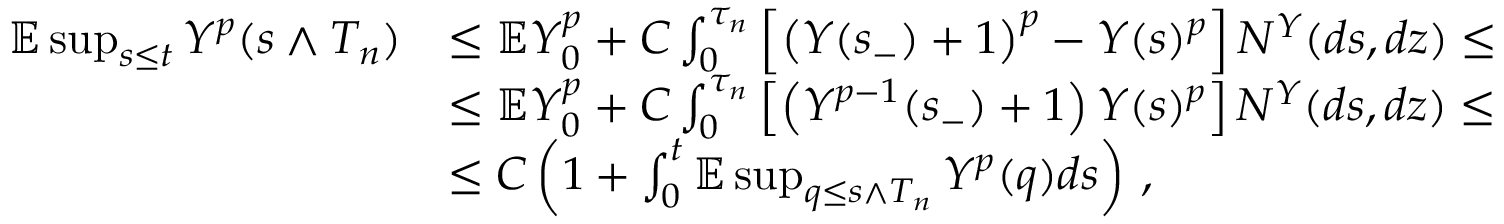
\begin{array} { r l } { \mathbb { E } \operatorname* { s u p } _ { s \leq t } Y ^ { p } ( s \wedge T _ { n } ) } & { \leq \mathbb { E } Y _ { 0 } ^ { p } + C \int _ { 0 } ^ { \tau _ { n } } \left[ \left( Y ( s _ { - } ) + 1 \right) ^ { p } - Y ( s ) ^ { p } \right] N ^ { Y } ( d s , d z ) \leq } \\ & { \leq \mathbb { E } Y _ { 0 } ^ { p } + C \int _ { 0 } ^ { \tau _ { n } } \left[ \left( Y ^ { p - 1 } ( s _ { - } ) + 1 \right) Y ( s ) ^ { p } \right] N ^ { Y } ( d s , d z ) \leq } \\ & { \leq C \left( 1 + \int _ { 0 } ^ { t } \mathbb { E } \operatorname* { s u p } _ { q \leq s \wedge T _ { n } } Y ^ { p } ( q ) d s \right) \, , } \end{array}